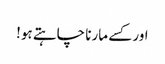
اور کسے مارنا چاہتے ہو!